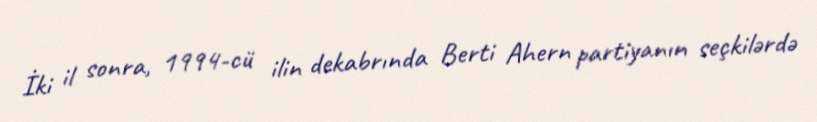
İki il sonra, 1994-cü ilin dekabrında Berti Ahern partiyanın seçkilərdə